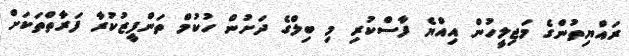
ރައްޔިތުންގެ މަޖިލީހުން އިއްްޔެ ފާސްކުރި މި ބިލްގެ ދަށުން ހުކުމް ތަންފީޒުކުރާ ފަރާތްތަކަށް